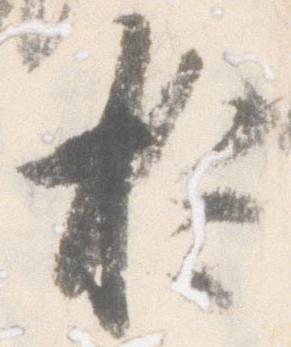
於